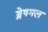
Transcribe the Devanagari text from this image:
श्लेषमल